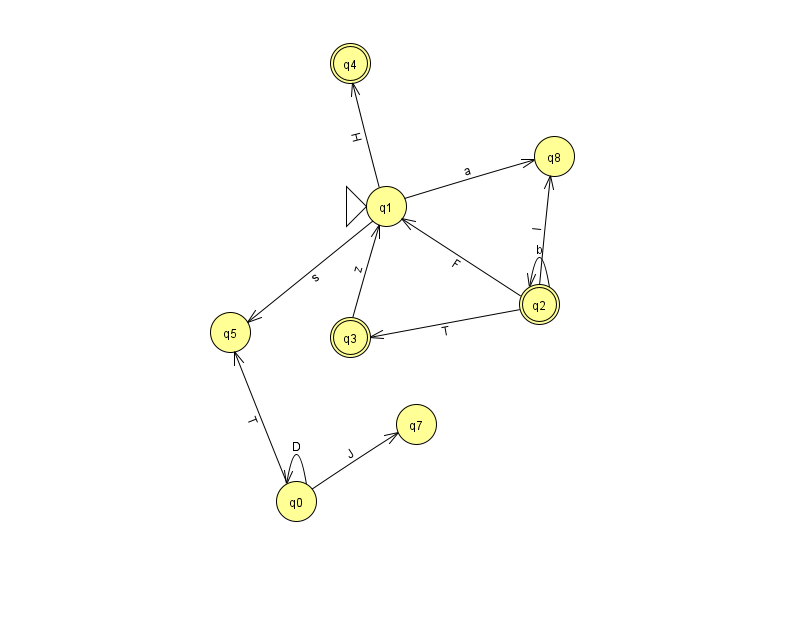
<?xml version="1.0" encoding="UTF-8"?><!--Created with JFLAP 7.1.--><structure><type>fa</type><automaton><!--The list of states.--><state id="0" name="q0"><x>296.0</x><y>488.0</y></state><state id="1" name="q1"><x>386.0</x><y>193.0</y><initial/></state><state id="2" name="q2"><x>539.0</x><y>291.0</y><final/></state><state id="3" name="q3"><x>350.0</x><y>324.0</y><final/></state><state id="4" name="q4"><x>350.0</x><y>50.0</y><final/></state><state id="5" name="q5"><x>230.0</x><y>319.0</y></state><state id="7" name="q7"><x>416.0</x><y>411.0</y></state><state id="8" name="q8"><x>554.0</x><y>143.0</y></state><!--The list of transitions.--><transition><from>2</from><to>8</to><read>I</read></transition><transition><from>2</from><to>2</to><read>b</read></transition><transition><from>2</from><to>3</to><read>T</read></transition><transition><from>0</from><to>0</to><read>D</read></transition><transition><from>1</from><to>4</to><read>H</read></transition><transition><from>0</from><to>5</to><read>T</read></transition><transition><from>2</from><to>1</to><read>F</read></transition><transition><from>1</from><to>8</to><read>a</read></transition><transition><from>3</from><to>1</to><read>z</read></transition><transition><from>0</from><to>7</to><read>J</read></transition><transition><from>1</from><to>5</to><read>s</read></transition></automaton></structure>